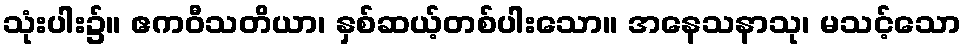
သုံးပါး၌။ ဧကဝီသတိယာ၊ နှစ်ဆယ့်တစ်ပါးသော။ အနေသနာသု၊ မသင့်သော